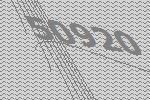
50920